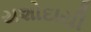
યશોદાયી